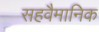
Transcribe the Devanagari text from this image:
सहवैमानिक